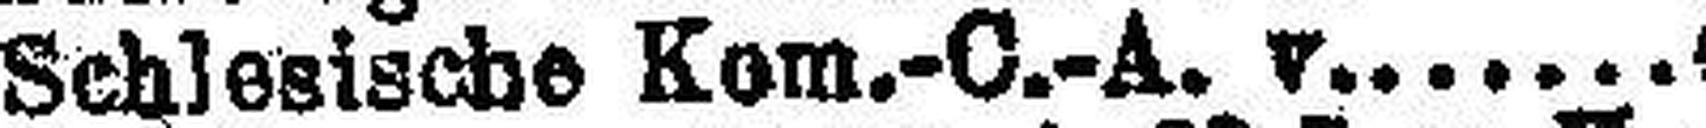
Schlesische Kom.-O.-A. v. 4